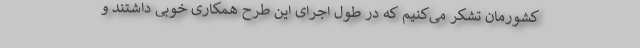
کشورمان تشکر می‌کنیم که در طول اجرای این طرح همکاری خوبی داشتند و